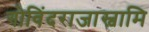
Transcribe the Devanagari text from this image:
गोविंदराजास्वामि